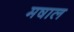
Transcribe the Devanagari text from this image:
मषाल